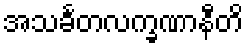
အသင်္ခတလက္ခဏာနီတိ